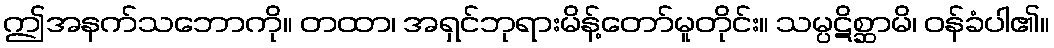
ဤအနက်သဘောကို။ တထာ၊ အရှင်ဘုရားမိန့်တော်မူတိုင်း။ သမ္ပဋိစ္ဆာမိ၊ ဝန်ခံပါ၏။